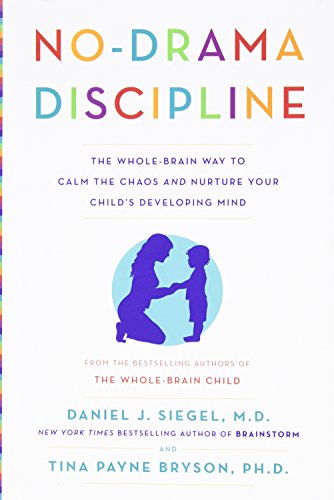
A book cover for No-Drama Discipline: The Whole-Brain Way to Calm the Chaos and Nurture Your Child's Developing Mind; Daniel J. Siegel; Parenting & Relationships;